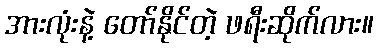
အားလုံးနဲ့ တော်နိုင်တဲ့ ဖရီးဆိုက်လား။